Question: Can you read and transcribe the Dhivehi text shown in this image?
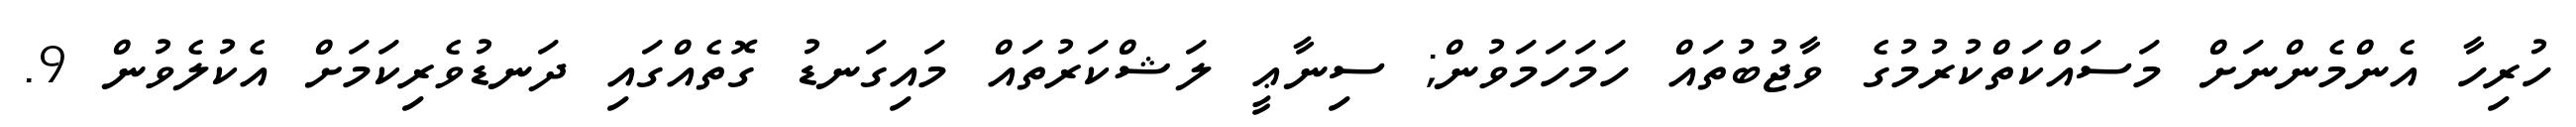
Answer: ހުރިހާ އެންމެންނަށް މަސައްކަތްކުރުމުގެ ވާޖުބުތައް ހަމަހަމަވުން; ސިނާޢީ ލަޝްކަރުތައް މައިގަނޑު ގޮތެއްގައި ދަނޑުވެރިކަމަށް އެކުލެވުން 9.